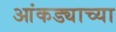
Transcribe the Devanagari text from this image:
आंकड्याच्या